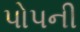
પોપની